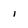
Character: 1